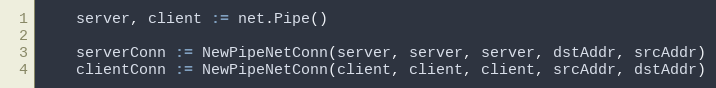
Language: Go
	server, client := net.Pipe()

	serverConn := NewPipeNetConn(server, server, server, dstAddr, srcAddr)
	clientConn := NewPipeNetConn(client, client, client, srcAddr, dstAddr)